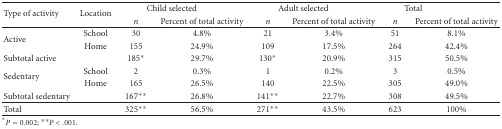
| <ROWSPAN=2> Type of activity | <ROWSPAN=2> Location | <COLSPAN=2> Child selected | <COLSPAN=2> Adult selected | <COLSPAN=2> Total |
 | n | Percent of total activity | n | Percent of total activity | n | Percent of total activity |
 | --- | --- | --- | --- | --- | --- | --- | --- |
 | <ROWSPAN=2> Active | School | 30 | 4.8% | 21 | 3.4% | 51 | 8.1% |
 | Home | 155 | 24.9% | 109 | 17.5% | 264 | 42.4% |
 | Subtotal active |  | 185* | 29.7% | 130* | 20.9% | 315 | 50.5% |
 | <ROWSPAN=2> Sedentary | School | 2 | 0.3% | 1 | 0.2% | 3 | 0.5% |
 | Home | 165 | 26.5% | 140 | 22.5% | 305 | 49.0% |
 | Subtotal sedentary |  | 167** | 26.8% | 141** | 22.7% | 308 | 49.5% |
 | Total |  | 325** | 56.5% | 271** | 43.5% | 623 | 100% |